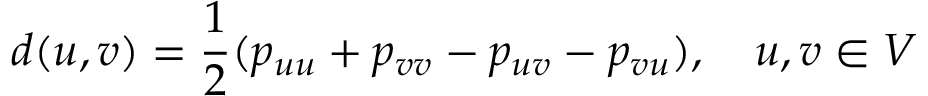
d ( u , v ) = \frac 1 2 ( p _ { u u } + p _ { v v } - p _ { u v } - p _ { v u } ) , \quad u , v \in V